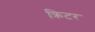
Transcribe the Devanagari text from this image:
क्रिटर